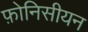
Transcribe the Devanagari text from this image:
फ़ोनिसीयन